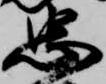
忠